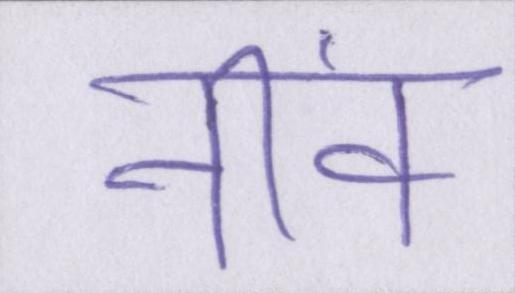
नींव